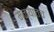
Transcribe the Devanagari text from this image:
मळ्यातच